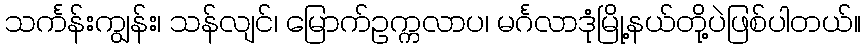
သင်္ကန်းကျွန်း၊ သန်လျင်၊ မြောက်ဥက္ကလာပ၊ မင်္ဂလာဒုံမြို့နယ်တို့ပဲဖြစ်ပါတယ်။